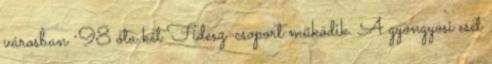
városban ´98 óta két Fidesz-csoport működik. A gyöngyösi eset